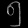
Digit: ၅